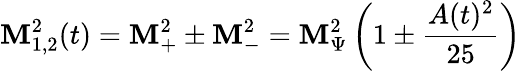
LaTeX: \mathbf{M}_{1,2}^{2}(t)=\mathbf{M}_{+}^{2}\pm\mathbf{M}_{-}^{2}=\mathbf{M}_{\Psi}^{2}\left(1\pm\frac{{A(t)^{2}}}{{25}}\right)